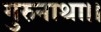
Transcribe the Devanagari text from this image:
गुरुनाथा।।